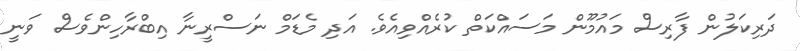
ދަރިކަލުން ފާރިސް މައުމޫން މަސައްކަތް ކުރެއްވިއެވެ. އަދި މެޑަމް ނަސްރީނާ އިބްރާހިންވެސް ވަނީ